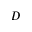
D